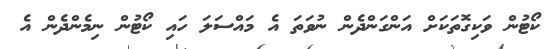
ކޯޓުން ވަކިގޮތަކަށް އަންގަންދެން ނުވަތަ އެ މައްސަލަ ހައި ކޯޓުން ނިމެންދެން އެ